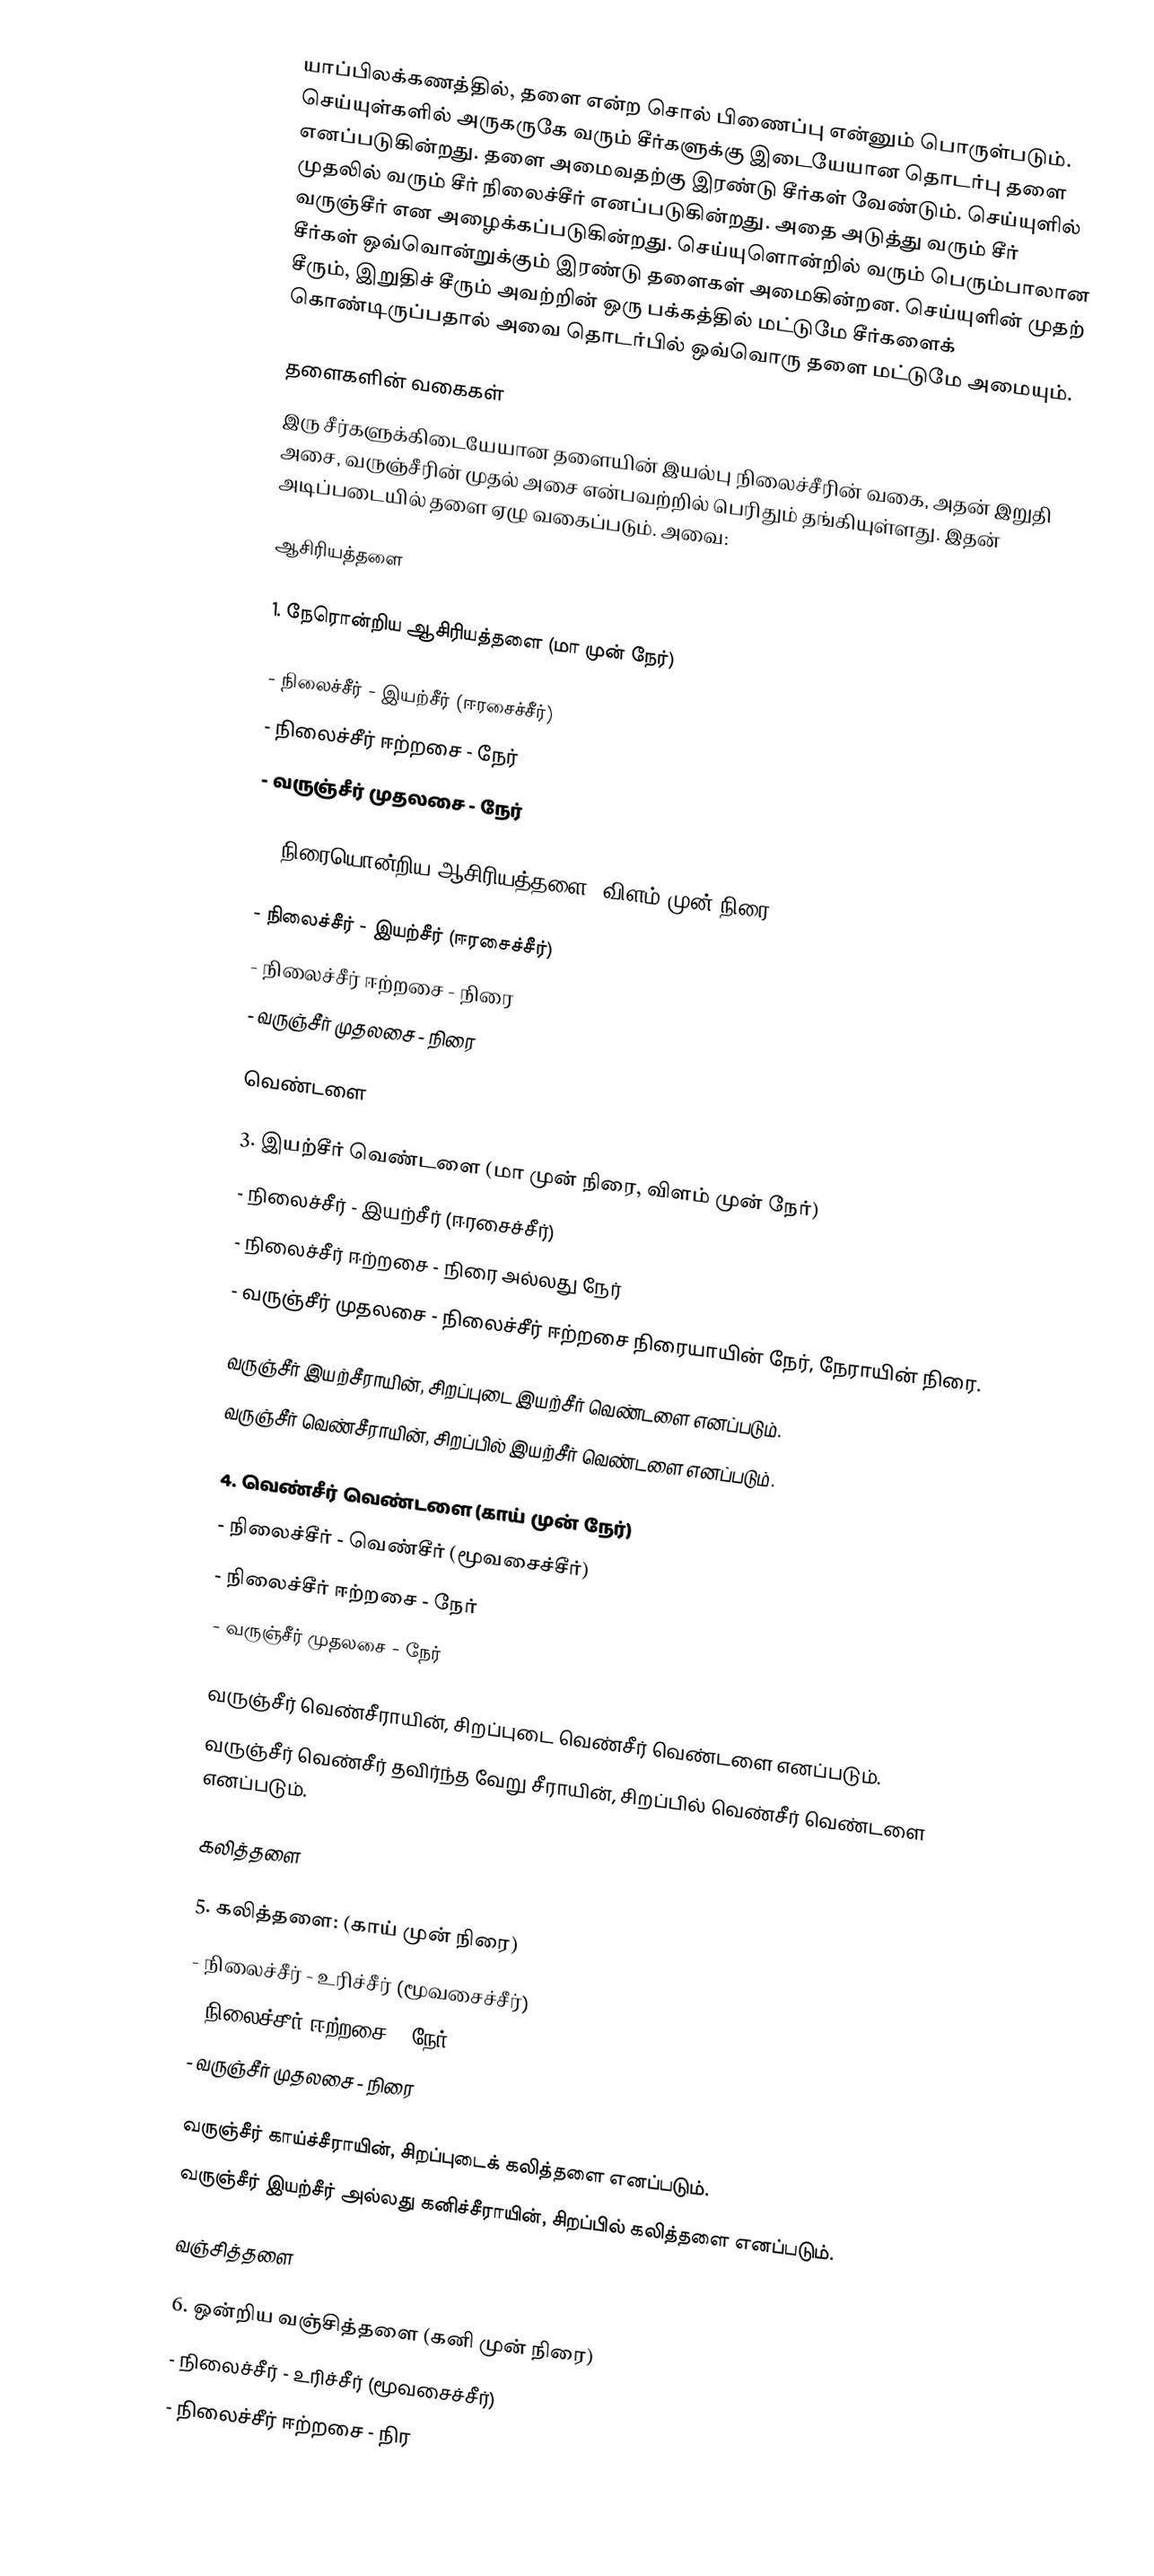
யாப்பிலக்கணத்தில், தளை என்ற சொல் பிணைப்பு என்னும் பொருள்படும். செய்யுள்களில் அருகருகே வரும் சீர்களுக்கு இடையேயான தொடர்பு தளை எனப்படுகின்றது. தளை அமைவதற்கு இரண்டு சீர்கள் வேண்டும். செய்யுளில் முதலில் வரும் சீர் நிலைச்சீர் எனப்படுகின்றது. அதை அடுத்து வரும் சீர் வருஞ்சீர் என அழைக்கப்படுகின்றது. செய்யுளொன்றில் வரும் பெரும்பாலான சீர்கள் ஒவ்வொன்றுக்கும் இரண்டு தளைகள் அமைகின்றன. செய்யுளின் முதற் சீரும், இறுதிச் சீரும் அவற்றின் ஒரு பக்கத்தில் மட்டுமே சீர்களைக் கொண்டிருப்பதால் அவை தொடர்பில் ஒவ்வொரு தளை மட்டுமே அமையும்.

தளைகளின் வகைகள்
இரு சீர்களுக்கிடையேயான தளையின் இயல்பு நிலைச்சீரின் வகை, அதன் இறுதி அசை, வருஞ்சீரின் முதல் அசை என்பவற்றில் பெரிதும் தங்கியுள்ளது. இதன் அடிப்படையில் தளை ஏழு வகைப்படும். அவை:

ஆசிரியத்தளை

 1. நேரொன்றிய ஆசிரியத்தளை (மா முன் நேர்)

 - நிலைச்சீர் - இயற்சீர் (ஈரசைச்சீர்)
 - நிலைச்சீர் ஈற்றசை - நேர்
 - வருஞ்சீர் முதலசை - நேர்

 2. நிரையொன்றிய ஆசிரியத்தளை (விளம் முன் நிரை)

 - நிலைச்சீர் - இயற்சீர் (ஈரசைச்சீர்)
 - நிலைச்சீர் ஈற்றசை - நிரை
 - வருஞ்சீர் முதலசை - நிரை

வெண்டளை

 3. இயற்சீர் வெண்டளை (மா முன் நிரை, விளம் முன் நேர்)
 - நிலைச்சீர் - இயற்சீர் (ஈரசைச்சீர்)
 - நிலைச்சீர் ஈற்றசை - நிரை அல்லது நேர்
 - வருஞ்சீர் முதலசை - நிலைச்சீர் ஈற்றசை நிரையாயின் நேர், நேராயின் நிரை.

 வருஞ்சீர் இயற்சீராயின், சிறப்புடை இயற்சீர் வெண்டளை எனப்படும்.
 வருஞ்சீர் வெண்சீராயின், சிறப்பில் இயற்சீர் வெண்டளை எனப்படும்.

 4. வெண்சீர் வெண்டளை (காய் முன் நேர்)
 - நிலைச்சீர் - வெண்சீர் (மூவசைச்சீர்)
 - நிலைச்சீர் ஈற்றசை - நேர்
 - வருஞ்சீர் முதலசை - நேர்

 வருஞ்சீர் வெண்சீராயின், சிறப்புடை வெண்சீர் வெண்டளை எனப்படும்.
 வருஞ்சீர் வெண்சீர் தவிர்ந்த வேறு சீராயின், சிறப்பில் வெண்சீர் வெண்டளை எனப்படும்.

கலித்தளை

5. கலித்தளை: (காய் முன் நிரை)
 - நிலைச்சீர் - உரிச்சீர் (மூவசைச்சீர்)
 - நிலைச்சீர் ஈற்றசை - நேர்
 - வருஞ்சீர் முதலசை - நிரை

 வருஞ்சீர் காய்ச்சீராயின், சிறப்புடைக் கலித்தளை எனப்படும்.
 வருஞ்சீர் இயற்சீர் அல்லது கனிச்சீராயின், சிறப்பில் கலித்தளை எனப்படும்.

வஞ்சித்தளை

 6. ஒன்றிய வஞ்சித்தளை (கனி முன் நிரை)
 - நிலைச்சீர் - உரிச்சீர் (மூவசைச்சீர்)
 - நிலைச்சீர் ஈற்றசை - நிர